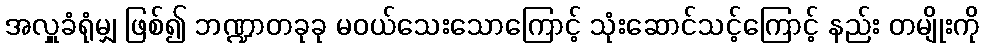
အလှူခံရုံမျှ ဖြစ်၍ ဘဏ္ဍာတခုခု မဝယ်သေးသောကြောင့် သုံးဆောင်သင့်ကြောင့် နည်း တမျိုးကို